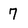
Character: 7